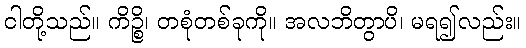
ငါတို့သည်။ ကိဉ္စိ၊ တစုံတစ်ခုကို။ အလဘိတွာပိ၊ မရ၍လည်း။